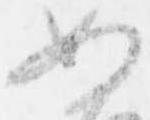
如